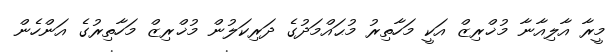
މީރާ އާލިއާނާ މުޚްރިޒް އަކީ މަހާތިރު މުޙައްމަދުގެ ދަރިކަލުން މުޚްރިޒް މަހާތިރުގެ އަންހެން